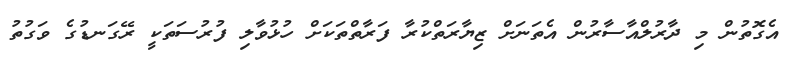
އެގޮތުން މި ދާރުލްއާސާރުން އެތަނަށް ޒިޔާރަތްކުރާ ފަރާތްތަކަށް ހުޅުވާލި ފުރުސަތަކީ ރޭގަނޑުގެ ވަގުތު